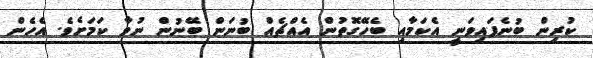
ކުރިން ބުނެފައިވަނީ އެކަމާއި ބެހޭގޮތުން އެއްޗެއް ބުނަން ބޭނުން ނުވާ ކަމަށެވެ. އެހެން